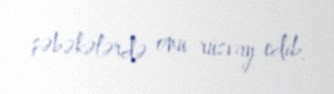
şəbəkələrdə onu rüsvay edib.